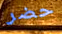
حضر